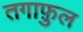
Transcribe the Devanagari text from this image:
तगाफ़ुल